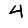
Digit: 4